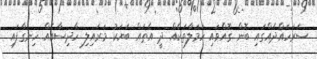
ސަރަހައްދެއްގައި ބޮން ގޮއްވައި ހަމަލާތަކެއް ދީ އެތައް ބަޔަކު މަރައިލި ހާދިސާއެއް ހިނގާފައި